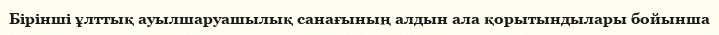
Бірінші ұлттық ауылшаруашылық санағының алдын ала қорытындылары бойынша